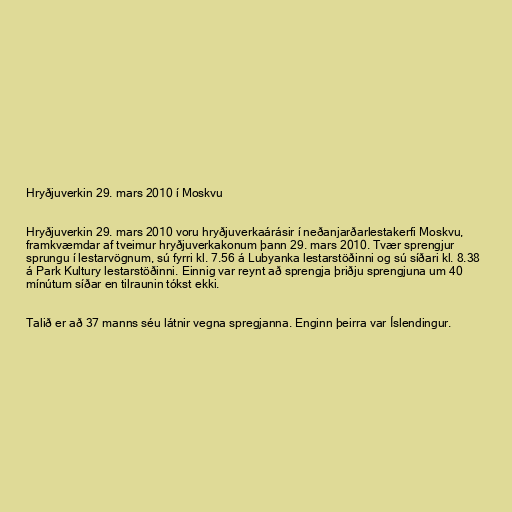
Hryðjuverkin 29. mars 2010 í Moskvu

Hryðjuverkin 29. mars 2010 voru hryðjuverkaárásir í neðanjarðarlestakerfi Moskvu,
framkvæmdar af tveimur hryðjuverkakonum þann 29. mars 2010. Tvær sprengjur
sprungu í lestarvögnum, sú fyrri kl. 7.56 á Lubyanka lestarstöðinni og sú síðari kl. 8.38
á Park Kultury lestarstöðinni. Einnig var reynt að sprengja þriðju sprengjuna um 40
mínútum síðar en tilraunin tókst ekki.

Talið er að 37 manns séu látnir vegna spregjanna. Enginn þeirra var Íslendingur.